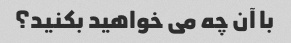
با آن چه می خواهید بکنید؟